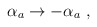
\begin{align*}\alpha_a \to -\alpha_a\ ,\end{align*}